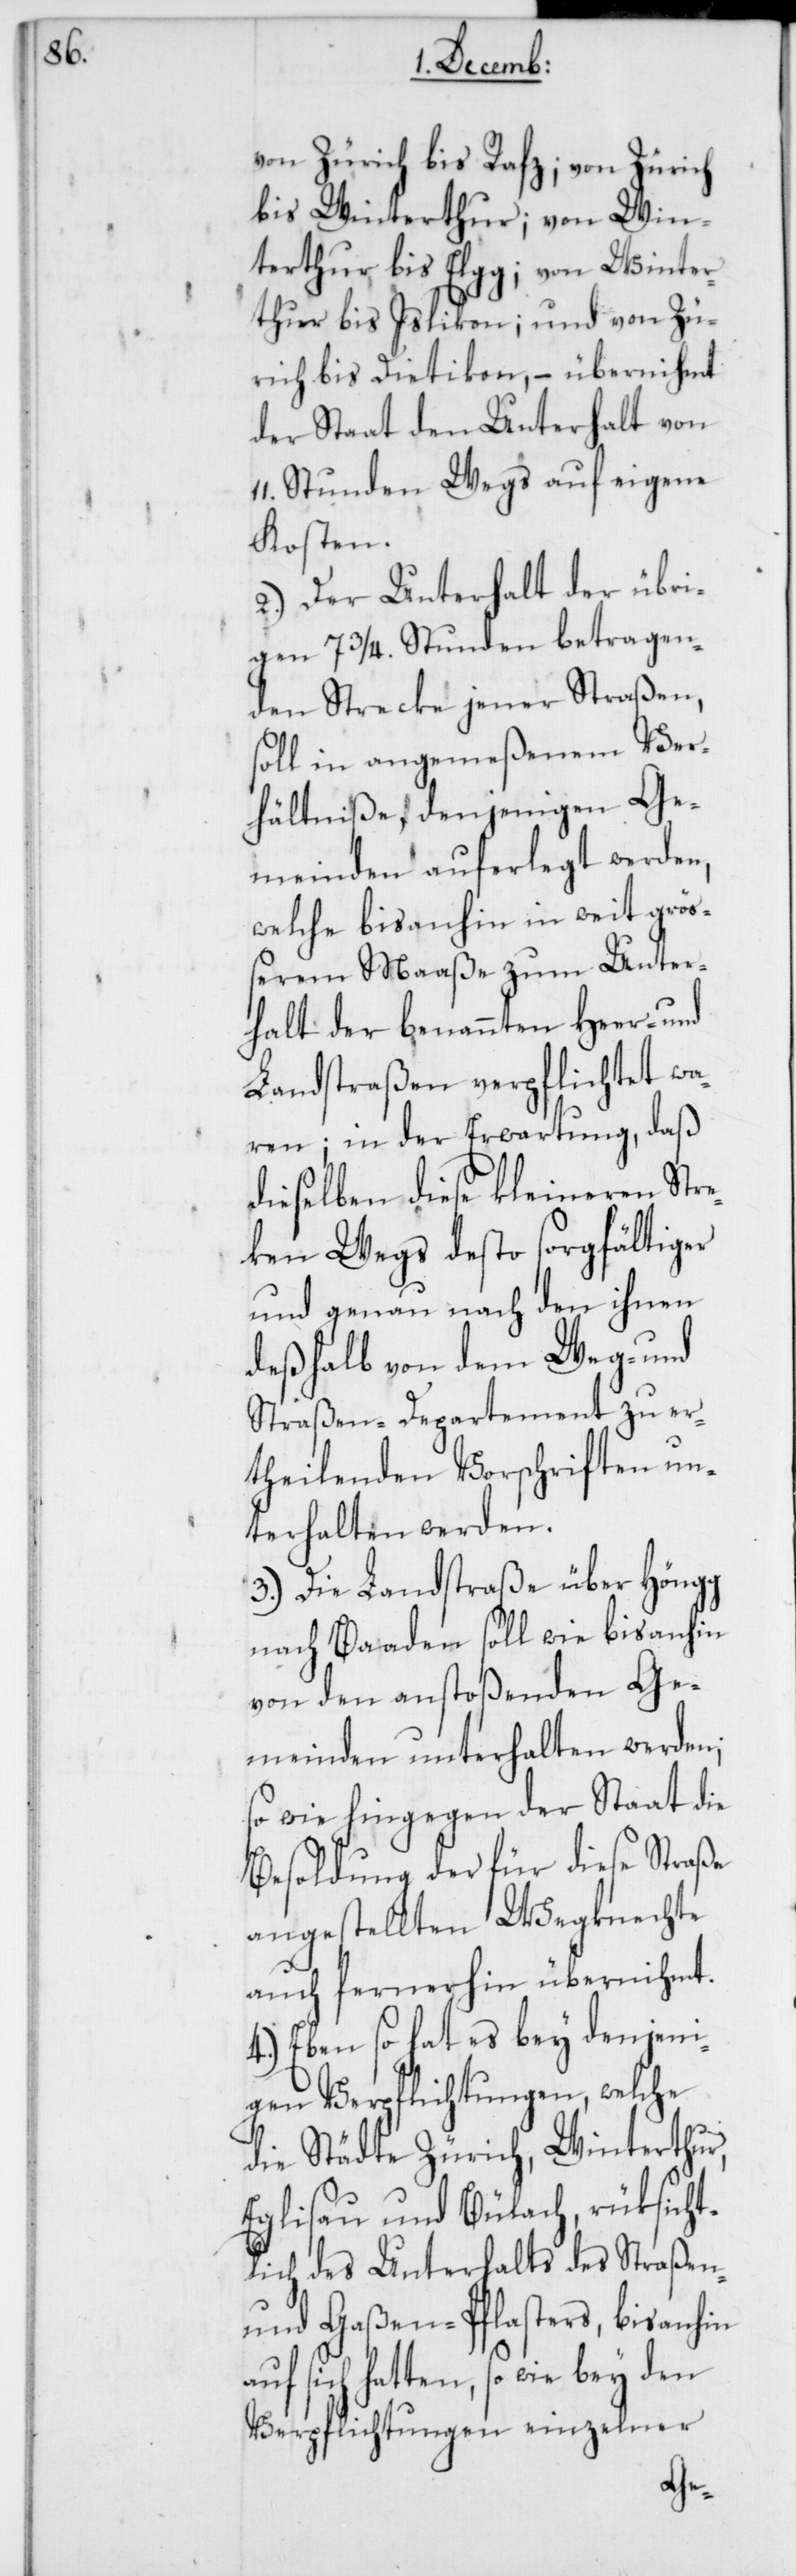
von Zürich bis Rafz; von Zürich
bis Winterthur; von Win¬
terthur bis Elgg; von Winter¬
thur bis Islikon; und von Zü¬
rich bis Dietikon, – übernihmt
der Staat den Unterhalt von
11. Stunden Wegs auf eigene
Kosten.
2.) Der Unterhalt der übri¬
gen 7 3/4. Stunden betragen¬
den Strecke jener Straßen,
soll in angemeßenem Ver¬
hältniße, denjenigen Ge¬
meinden auferlegt werden,
welche bis anhin in weit grö¬
ßerem Maaße zum Unter¬
halt der benannten Heer- und
Landstraßen verpflichtet wa¬
ren; in der Erwartung, daß
dieselben diese kleineren Stre¬
cken Wegs desto sorgfältiger
und genau nach den ihnen
deßhalb von dem Weg- und
Straßen-Departement zu er¬
theilenden Vorschriften un¬
terhalten werden.
3.) Die Landstraße über Höngg
nach Baaden soll wie bis anhin
von den anstoßenden Ge¬
meinden unterhalten werden;
so wie hingegen der Staat die
Besoldung der für diese Straße
angestellten Wegknechte,
auch fernerhin übernihmt.
4.) Eben so hat es bey denjeni¬
gen Verpflichtungen, welche
die Städte Zürich, Winterthur,
Eglisau und Bülach, rüksicht¬
lich des Unterhalts des Straßen-
und Gaßen-Pflasters, bis anhin
sich hatten, so wie bey den
Verpflichtungen einzelner